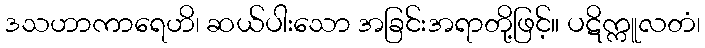
ဒသဟာကာရေဟိ၊ ဆယ်ပါးသော အခြင်းအရာတို့ဖြင့်။ ပဋိက္ကူလတံ၊